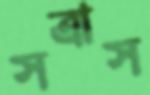
সত্রাস